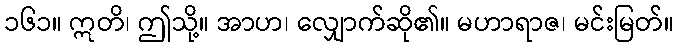
၁၆၁။ ဣတိ၊ ဤသို့။ အာဟ၊ လျှောက်ဆို၏။ မဟာရာဇ၊ မင်းမြတ်။